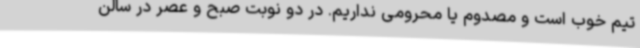
تیم خوب است و مصدوم یا محرومی نداریم. در دو نوبت صبح و عصر در سالن